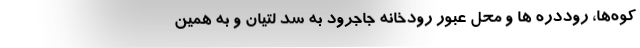
کوه‌ها، روددره ها و محل عبور رودخانه جاجرود به سد لتیان و به همین